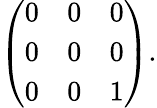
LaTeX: \left(\begin{array}{ccc}{{0}}&{{0}}&{{0}}\\ {{0}}&{{0}}&{{0}}\\ {{0}}&{{0}}&{{1}}\end{array}\right).